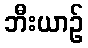
ဘီးယာဉ်